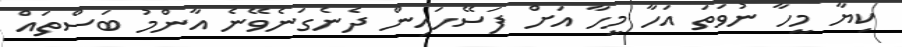
ކިޔާ މީހާ ނުވަތަ އަހާ މީހާ އަށް ފަސޭހައިން ދެނެގަނެވޭނެ އާންމު ބަސްތައް